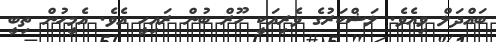
ބައްދަލް ވިއެވެ. ލަޝްކަރުގެ ވެރިއަކީ ހޫރް ބުން ރައިހީ އެވެ. އެމީހުން ތިބީ